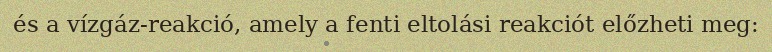
és a vízgáz-reakció, amely a fenti eltolási reakciót előzheti meg: